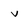
Character: v